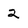
Character: 2